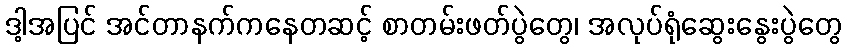
ဒါ့အပြင် အင်တာနက်ကနေတဆင့် စာတမ်းဖတ်ပွဲတွေ၊ အလုပ်ရုံဆွေးနွေးပွဲတွေ